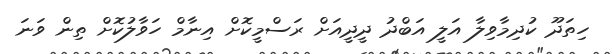
ހިތަދޫ ކުދިމާވިލާ އަލީ އަބްދު ދީދީއަށް ރަސްމީކޮށް އިނާމް ހަވާލުކޮށް ތިން ވަނަ